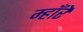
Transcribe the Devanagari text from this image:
म्हाँरे